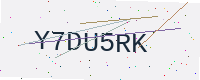
Text: Y7DU5RK